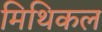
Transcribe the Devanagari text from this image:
मिथिकल